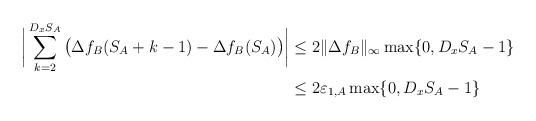
LaTeX: \begin{align*}\bigg| \sum_{k=2}^{D_xS_A} \big(\Delta f_B(S_A+k-1)-\Delta f_B(S_A)\big) \bigg| & \leq 2\|\Delta f_B\|_\infty \max\{0, D_xS_A-1\}\\& \leq 2\varepsilon_{1,A}\max\{0, D_xS_A-1\}\end{align*}